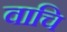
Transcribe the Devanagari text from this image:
वाचि